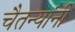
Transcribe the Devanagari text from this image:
चैतन्यांनी